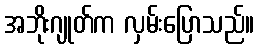
အဘိုးဂျုတ်က လှမ်းပြောသည်။